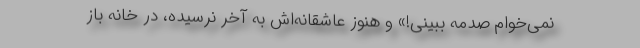
نمی‌خوام صدمه ببینی!» و هنوز عاشقانه‌اش به آخر نرسیده، در خانه باز